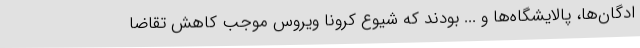
ادگان‌ها، پالایشگاه‌ها و ... بودند که شیوع کرونا ویروس موجب کاهش تقاضا